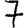
Digit: 7